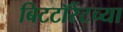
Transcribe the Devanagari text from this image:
बिटटॉरेंटच्या